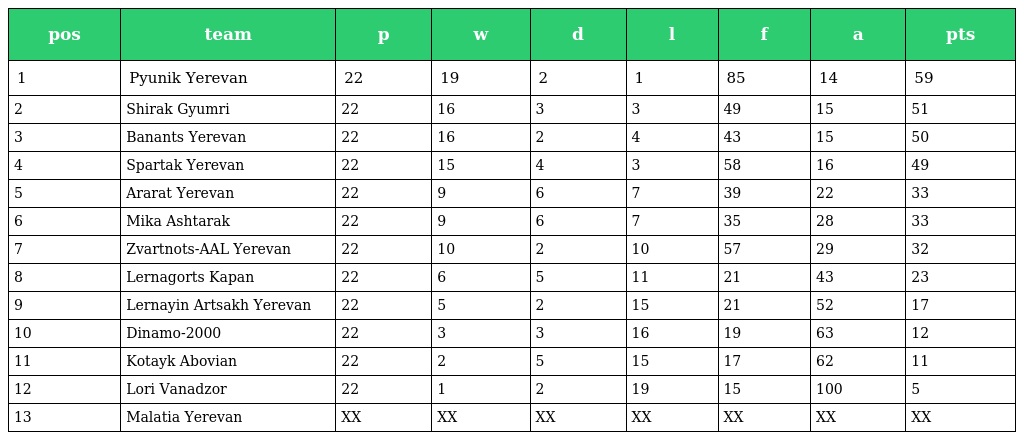
| pos | team | p | w | d | l | f | a | pts |
 | --- | --- | --- | --- | --- | --- | --- | --- | --- |
 | 1 | Pyunik Yerevan | 22 | 19 | 2 | 1 | 85 | 14 | 59 |
 | 2 | Shirak Gyumri | 22 | 16 | 3 | 3 | 49 | 15 | 51 |
 | 3 | Banants Yerevan | 22 | 16 | 2 | 4 | 43 | 15 | 50 |
 | 4 | Spartak Yerevan | 22 | 15 | 4 | 3 | 58 | 16 | 49 |
 | 5 | Ararat Yerevan | 22 | 9 | 6 | 7 | 39 | 22 | 33 |
 | 6 | Mika Ashtarak | 22 | 9 | 6 | 7 | 35 | 28 | 33 |
 | 7 | Zvartnots-AAL Yerevan | 22 | 10 | 2 | 10 | 57 | 29 | 32 |
 | 8 | Lernagorts Kapan | 22 | 6 | 5 | 11 | 21 | 43 | 23 |
 | 9 | Lernayin Artsakh Yerevan | 22 | 5 | 2 | 15 | 21 | 52 | 17 |
 | 10 | Dinamo-2000 | 22 | 3 | 3 | 16 | 19 | 63 | 12 |
 | 11 | Kotayk Abovian | 22 | 2 | 5 | 15 | 17 | 62 | 11 |
 | 12 | Lori Vanadzor | 22 | 1 | 2 | 19 | 15 | 100 | 5 |
 | 13 | Malatia Yerevan | XX | XX | XX | XX | XX | XX | XX |